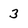
Character: 3